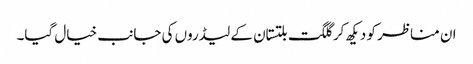
ان مناظر کو دیکھ کر گلگت بلتستان کے لیڈروں کی جانب خیال گیا۔